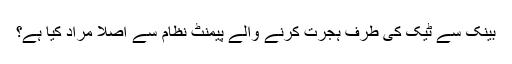
بینک سے ٹیک کی طرف ہجرت کرنے والے پیمنٹ نظام سے اصلا مراد کیا ہے؟